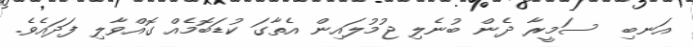
އަނބި  ސަމީރާ ދެން ބުނެލި ޖުމުލައިން އެތާގަ ކުޑަބޮމެއް ގޮއްވާލި ފަދައެވެ.